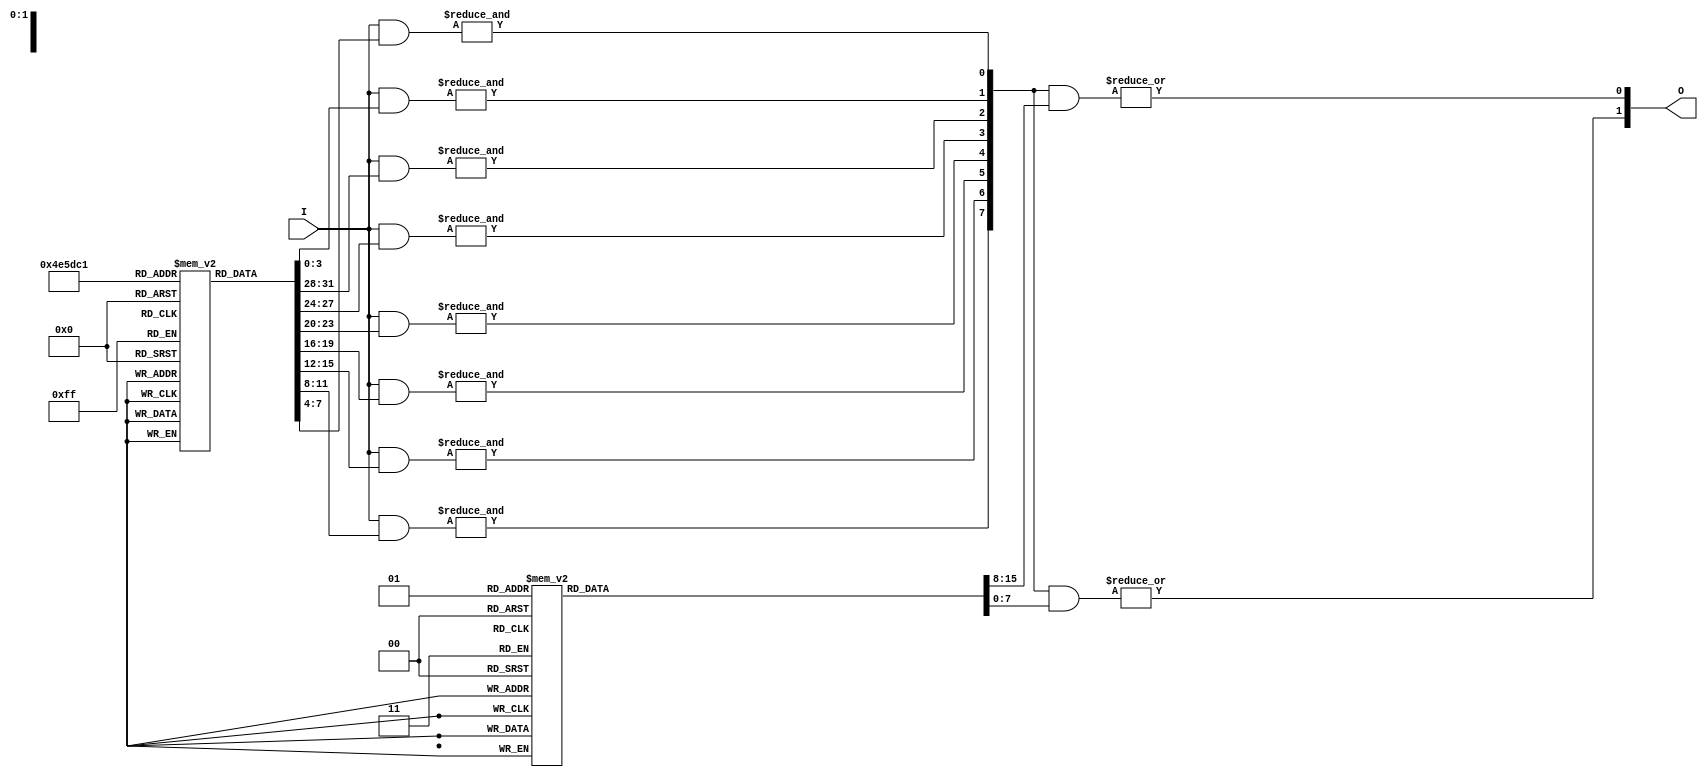
module CLB (
    input wire [N-1:0] I,        // Input lines (I1, I2, ..., In)
    output wire [M-1:0] O        // Output lines (O1, O2, ..., Om)
);
    parameter N = 4;             // Number of inputs
    parameter M = 2;             // Number of outputs
    parameter K = 8;             // Number of product terms

    // Define the programmable fuses for AND plane
    reg [N-1:0] and_fuse [K-1:0]; // Fuse connections for AND gates
    wire [K-1:0] P;               // Product terms from AND plane

    // Define the programmable fuses for OR plane
    reg [K-1:0] or_fuse [M-1:0];  // Fuse connections for OR gates
    wire [M-1:0] O_temp;          // Intermediate outputs from OR plane

    // AND Plane: Generate product terms
    genvar i, j;
    generate
        for (i = 0; i < K; i = i + 1) begin : and_plane
            wire [N-1:0] and_inputs;
            assign and_inputs = {I[N-1], I[N-2], I[N-3], I[N-4]} & and_fuse[i];
            assign P[i] = &and_inputs; // AND operation
        end
    endgenerate

    // OR Plane: Generate outputs
    generate
        for (j = 0; j < M; j = j + 1) begin : or_plane
            wire [K-1:0] or_inputs;
            assign or_inputs = P & or_fuse[j]; // Select product terms for OR operation
            assign O_temp[j] = |or_inputs; // OR operation
        end
    endgenerate

    // Assign final outputs
    assign O = O_temp;

    // Initialization of fuses (for simulation purposes)
    initial begin
        // Example configuration for AND plane fuses
        and_fuse[0] = 4'b1111; // All inputs for P1
        and_fuse[1] = 4'b1100; // I1 and I2 for P2
        and_fuse[2] = 4'b0011; // I3 and I4 for P3
        // Add more configurations as needed

        // Example configuration for OR plane fuses
        or_fuse[0] = 8'b00000011; // P1 and P2 for O1
        or_fuse[1] = 8'b00001100; // P3 for O2
        // Add more configurations as needed
    end

endmodule